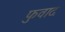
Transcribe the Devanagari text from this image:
फुवाद